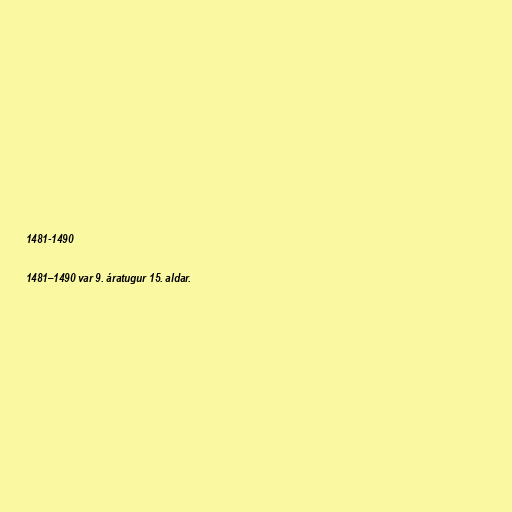
1481-1490

1481–1490 var 9. áratugur 15. aldar.